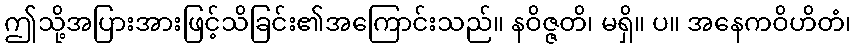
ဤသို့အပြားအားဖြင့်သိခြင်း၏အကြောင်းသည်။ နဝိဇ္ဇတိ၊ မရှိ။ ပ။ အနေကဝိဟိတံ၊